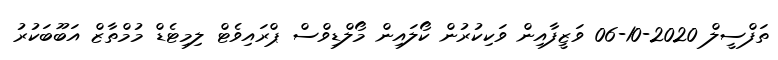
ތަފްސީލް 2020-10-06 ވަޒީފާއިން ވަކިކުރުން ކޯލައިން މޯލްޑިވްސް ޕްރައިވެޓް ލިމިޓެޑް މުމްތާޒް އަބޫބަކުރު